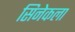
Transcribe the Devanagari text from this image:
सिनेकला